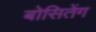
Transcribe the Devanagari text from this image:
बोसितेंग